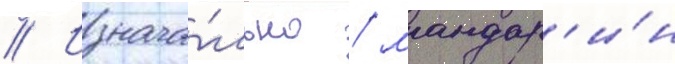
// Изнача́льно / мандар'и́н